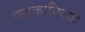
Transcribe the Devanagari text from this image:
फडकाविल्या